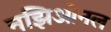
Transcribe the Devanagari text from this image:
नझिओनल